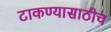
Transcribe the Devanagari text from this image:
टाकण्यासाठीच